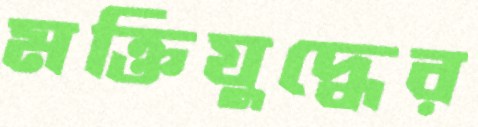
মক্তিযুদ্ধের